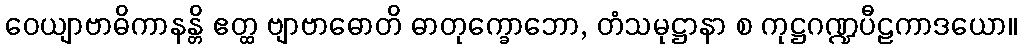
ဝေယျာဗာဓိကာနန္တိ ဧတ္ထ ဗျာဗာဓောတိ ဓာတုက္ခောဘော, တံသမုဋ္ဌာနာ စ ကုဋ္ဌဂဏ္ဍပီဠကာဒယော။